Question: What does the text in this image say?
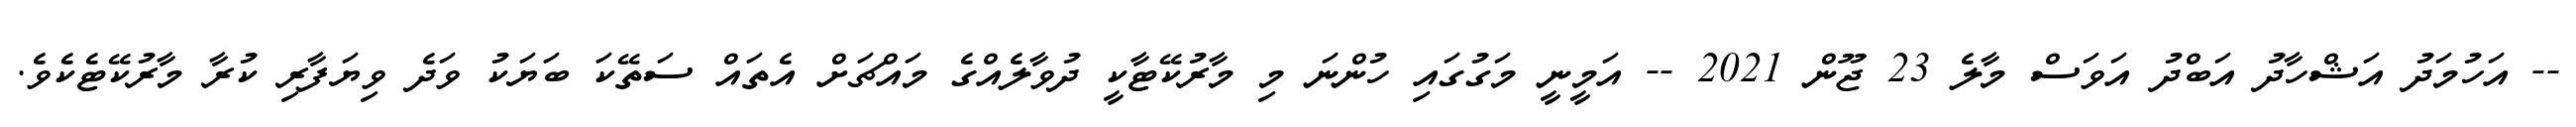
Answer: -- އަހުމަދު އަޝްހާދު އަބްދު އަވަސް މާލެ 23 ޖޫން 2021 -- އަމީނީ މަގުގައި ހުންނަ މި މާރުކޭޓާކީ ދުވާލެއްގެ މައްޗަށް އެތައް ސަތޭކަ ބަޔަކު ވަދެ ވިޔަފާރި ކުރާ މާރުކޭޓެކެވެ.